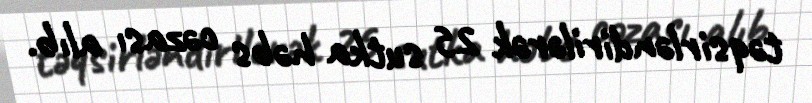
təqsirləndirilərək 25 sutka həbs cəzası alıb.